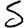
Digit: 5